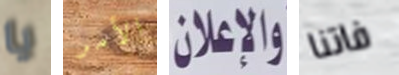
يا الأمر والاعلان فاتنا